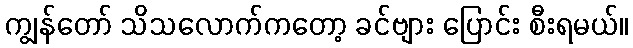
ကျွန်တော် သိသလောက်ကတော့ ခင်ဗျား ပြောင်း စီးရမယ်။